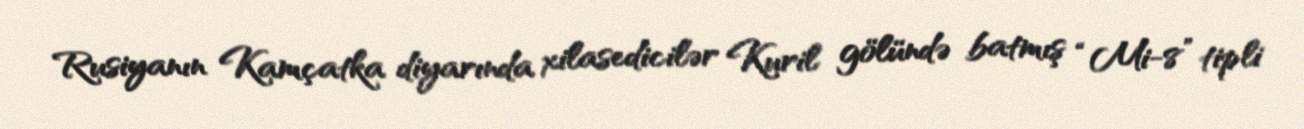
Rusiyanın Kamçatka diyarında xilasedicilər Kuril gölündə batmış “Mi-8” tipli